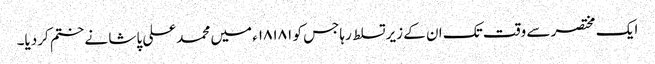
ایک مختصر سے وقت تک ان کے زیرتسلط رہاجس کو ۱۸۱۸۱ء میں محمدعلی پاشا نے ختم کردیا۔